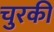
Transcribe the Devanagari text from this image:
चुरकी